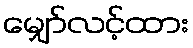
မျှော်လင့်ထား